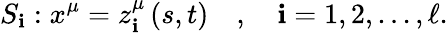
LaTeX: S_{\mathbf{i}}:x^{\mu}=z_{\mathbf{i}}^{\mu}\left(s,t\right)\quad,\quad\mathbf{i}=1,2,...,\ell.